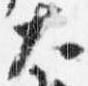
大